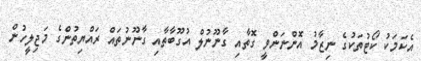
އެކަމަކު ކޯޓުތަކުގެ ނިޒާމު އޮންނަންވީ ގޮތާއި ގާނޫނުލް އުގޫބާތާއި ގާނޫނުތައް ރައްޔިތުންގެ މަޖިލީހުން